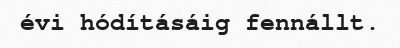
évi hódításáig fennállt.